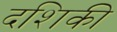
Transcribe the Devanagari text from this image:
दशिकी